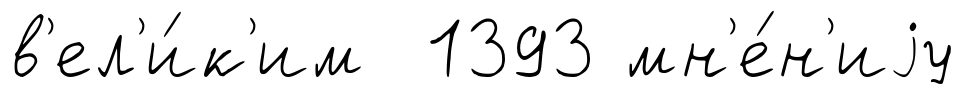
в'ел'и́к'им 1393 мн'е́н'иjу